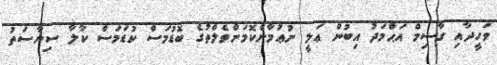
ވަހީދާއި ގާސިމް އަޙްމަދު އިބުން ޢަލީ ނުޢުމާންކޮމަންވެލްތުގެ ބޮޑުމަސް ކުޑަމަސް ކާލާ ސިޔާސަތު